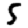
Digit: 5